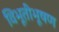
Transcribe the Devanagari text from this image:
विभूतीभूषण